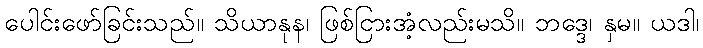
ပေါင်းဖော်ခြင်းသည်။ သိယာနုန၊ ဖြစ်ငြားအံ့လည်းမသိ။ ဘဒ္ဒေ၊ နှမ။ ယဒါ၊